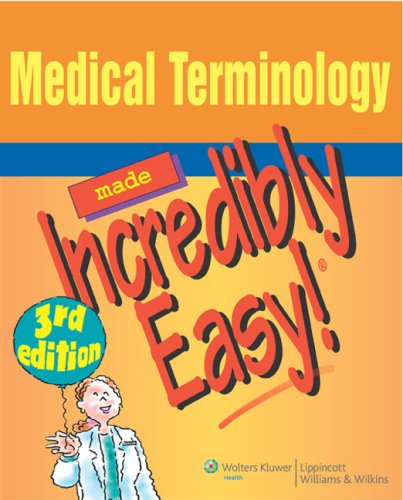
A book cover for Medical Terminology Made Incredibly Easy! (Incredibly Easy! SeriesÂ®); Springhouse; Law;